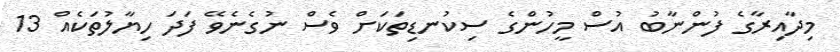
މިދާއިރާގެ ފުންނާބު އުސް މީހުންގެ ސިކުނޑިތަކަށް ވެސް ނުގެނެވޭ ފަދަ ހިޔާލުތަކެއް 13